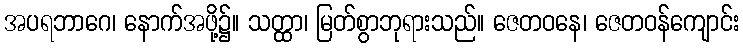
အပရဘာဂေ၊ နောက်အဖို့၌။ သတ္ထာ၊ မြတ်စွာဘုရားသည်။ ဇေတဝနေ၊ ဇေတဝန်ကျောင်း